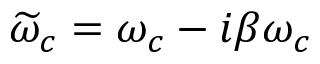
\widetilde { \omega } _ { c } = \omega _ { c } - i \beta \omega _ { c }